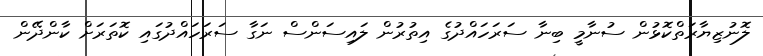
ލޮނުޒިޔާރަތްކޮޅުން ސުނާމީ ބިނާ ސަރަހައްދުގެ އިތުރުން ލައިސަންސް ނަގާ ސަރަހައްދުގައި ކޮތަރަށް ކާންދޭން